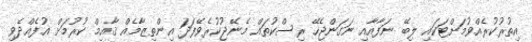
އިތުރުކުރެއްވުމަށްޓަކައި ލިބޭ ނަފާއާއި ނަގަންޖެހޭ ރިސްކުތައް މެނޭޖުކުރެވޭފަދަ އިންތިޒާމެއް ޤާއިމް ކުރުމަށް އުފެއްދެވި